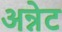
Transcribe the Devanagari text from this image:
अन्नेट